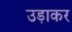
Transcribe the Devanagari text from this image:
उडा़कर